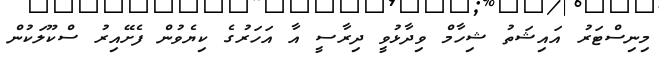
މިނިސްޓަރު އައިޝަތު ޝިހާމް ވިދާޅުވީ ދިރާސީ އާ އަހަރުގެ ކިޔެވުން ފެށޭއިރު ސްކޫލަކުން